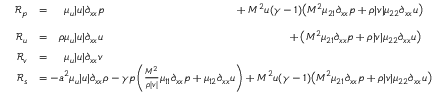
\begin{array} { r l } { \mathcal { R } _ { p } } & { = \phantom { - \rho } \mu _ { u } | u | \partial _ { x x } p \phantom { - \gamma p \bigg ( \frac { M ^ { \- 2 } } { \rho | v | } \mu _ { 1 1 } \partial _ { x x } p + \mu _ { 1 2 } \partial _ { x x } u \bigg ) } + M ^ { 2 } u ( \gamma - 1 ) \big ( M ^ { \- 2 } \mu _ { 2 1 } \partial _ { x x } p + \rho | v | \mu _ { 2 2 } \partial _ { x x } u \big ) } \\ { \mathcal { R } _ { u } } & { = \phantom { - } \rho \mu _ { u } | u | \partial _ { x x } u \phantom { - \gamma p \bigg ( \frac { M ^ { \- 2 } } { \rho | v | } \mu _ { 1 1 } \partial _ { x x } p + \mu _ { 1 2 } \partial _ { x x } u \bigg ) } \phantom { M ^ { 2 } ( \gamma - 1 ) u } + \big ( M ^ { \- 2 } \mu _ { 2 1 } \partial _ { x x } p + \rho | v | \mu _ { 2 2 } \partial _ { x x } u \big ) } \\ { \mathcal { R } _ { v } } & { = \phantom { - \rho } \mu _ { u } | u | \partial _ { x x } v } \\ { \mathcal { R } _ { s } } & { = - a ^ { 2 } \mu _ { u } | u | \partial _ { x x } \rho - \gamma p \bigg ( \frac { M ^ { \- 2 } } { \rho | v | } \mu _ { 1 1 } \partial _ { x x } p + \mu _ { 1 2 } \partial _ { x x } u \bigg ) + M ^ { 2 } u ( \gamma - 1 ) \big ( M ^ { \- 2 } \mu _ { 2 1 } \partial _ { x x } p + \rho | v | \mu _ { 2 2 } \partial _ { x x } u \big ) } \end{array}